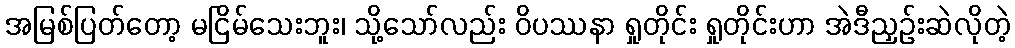
အမြစ်ပြတ်တော့ မငြိမ်သေးဘူး၊ သို့သော်လည်း ဝိပဿနာ ရှုတိုင်း ရှုတိုင်းဟာ အဲဒီညှဉ်းဆဲလိုတဲ့